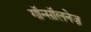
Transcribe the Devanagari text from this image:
गॉन्सॉलनेज़